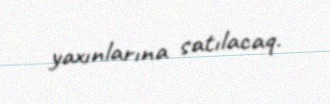
yaxınlarına satılacaq.